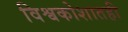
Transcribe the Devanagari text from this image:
विश्वकोशातही